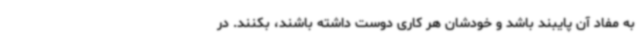
به مفاد آن پایبند باشد و خودشان هر کاری دوست داشته باشند، بکنند. در